Madras plague regulations in force outside the Presidency town - Volume 2
Disease focus: Plague
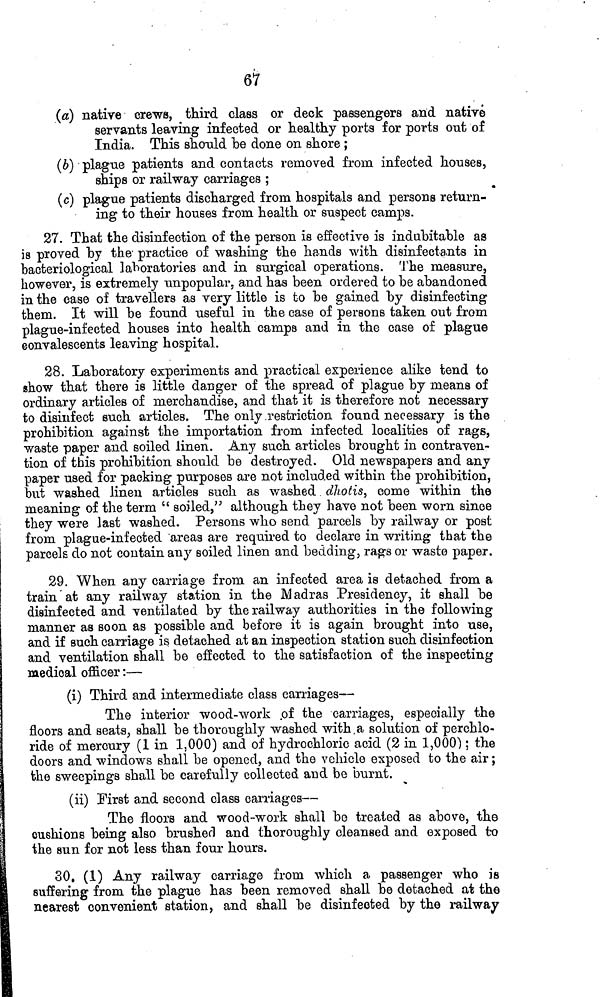
67
(a) native crews, third class or deck passengers and native
servants leaving infected or healthy ports for ports out of
India. This should be done on shore ;
(b) plague patients and contacts removed from infected houses,
ships or railway carriages ;
(c) plague patients discharged from hospitals and persons return-
ing to their houses from health or suspect camps.
27. That the disinfection of the person is effective is indubitable as
is proved by the- practice of washing the hands with disinfectants in
bacteriological laboratories and in surgical operations. The measure,
however, is extremely unpopular, and has been ordered to be abandoned
in the case of travellers as very little is to be gained by disinfecting
them. It will be found useful in the case of persons taken out from
plague-infected houses into health camps and in the case of plague
convalescents leaving hospital.
28. Laboratory experiments and practical experience alike tend to
show that there is little danger of the spread of plague by means of
ordinary articles of merchandise, and that it is therefore not necessary
to disinfect such articles. The only restriction found necessary is the
prohibition against the importation from infected localities of rags,
waste paper and soiled linen. Any such articles brought in contraven-
tion of this prohibition should be destroyed. Old newspapers and any
paper used for packing purposes are not included within the prohibition,
but washed linen articles such as washed dhotis, come within the
meaning of the term " soiled," although they have not been worn since
they were last washed. Persons who send parcels by railway or post
from plague-infected areas are required to declare in writing that the
parcels do not contain any soiled linen and bedding, rags or waste paper.
29. When any carriage from an infected area is detached from a
train at any railway station in the Madras Presidency, it shall be
disinfected and ventilated by the railway authorities in the following
manner as soon as possible and before it is again brought into use,
and if such carriage is detached at an inspection station such disinfection
and ventilation shall be effected to the satisfaction of the inspecting
medical officer :—
(i) Third and intermediate class carriages—
The interior wood-work of the carriages, especially the
floors and seats, shall be thoroughly washed with a solution of perchlo-
ride of mercury (1 in 1,000) and of hydrochloric acid (2 in 1,000) ; the
doors and windows shall be opened, and the vehicle exposed to the air ;
the sweepings shall be carefully collected and be burnt.
(ii) First and second class carriages—
The floors and wood-work shall be treated as above, the
cushions being also brushed and thoroughly cleansed and exposed to
the sun for not less than four hours.
30. (1) Any railway carriage from which a passenger who is
suffering from the plague has been removed shall be detached at the
nearest convenient station, and shall be disinfected by the railway